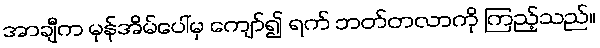
အာချီက မှန်အိမ်ပေါ်မှ ကျော်၍ ရက် ဘတ်တလာကို ကြည့်သည်။